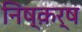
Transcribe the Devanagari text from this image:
निष्क़र्ष